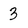
Character: 3